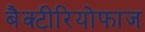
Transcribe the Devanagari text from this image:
बैक्टीरियोफाज